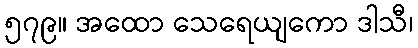
၅၇၉။ အထော သေရေယျကော ဒါသီ၊